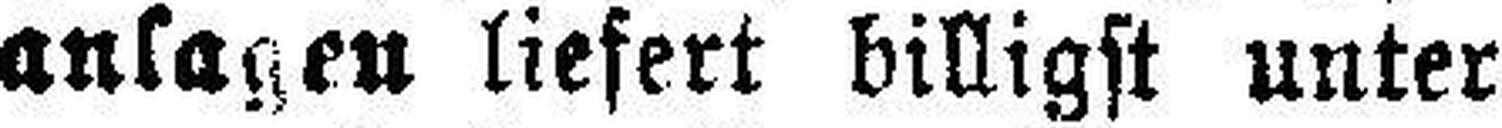
anlagen liefert billigst unter